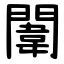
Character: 闈